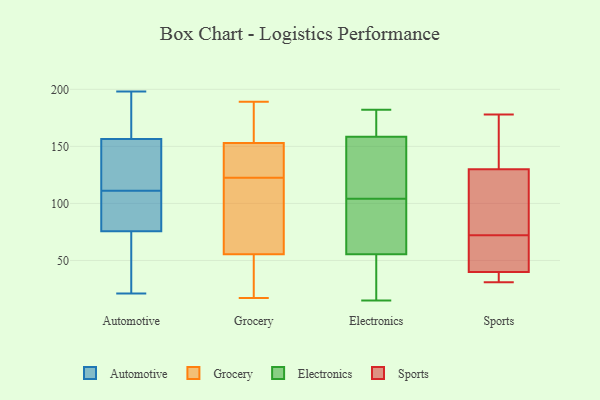
{"axis": {"x": "Satisfaction Score", "y": "Value"}, "legend": ["Automotive", "Electronics", "Grocery", "Sports"], "data": [{"x": "", "y": 158, "type": "Automotive"}, {"x": "", "y": 125, "type": "Automotive"}, {"x": "", "y": 38, "type": "Automotive"}, {"x": "", "y": 96, "type": "Automotive"}, {"x": "", "y": 92, "type": "Automotive"}, {"x": "", "y": 111, "type": "Automotive"}, {"x": "", "y": 184, "type": "Automotive"}, {"x": "", "y": 71, "type": "Automotive"}, {"x": "", "y": 77, "type": "Automotive"}, {"x": "", "y": 198, "type": "Automotive"}, {"x": "", "y": 21, "type": "Automotive"}, {"x": "", "y": 114, "type": "Automotive"}, {"x": "", "y": 156, "type": "Automotive"}, {"x": "", "y": 59, "type": "Grocery"}, {"x": "", "y": 146, "type": "Grocery"}, {"x": "", "y": 189, "type": "Grocery"}, {"x": "", "y": 160, "type": "Grocery"}, {"x": "", "y": 119, "type": "Grocery"}, {"x": "", "y": 131, "type": "Grocery"}, {"x": "", "y": 117, "type": "Grocery"}, {"x": "", "y": 24, "type": "Grocery"}, {"x": "", "y": 105, "type": "Grocery"}, {"x": "", "y": 171, "type": "Grocery"}, {"x": "", "y": 17, "type": "Grocery"}, {"x": "", "y": 141, "type": "Grocery"}, {"x": "", "y": 52, "type": "Grocery"}, {"x": "", "y": 26, "type": "Grocery"}, {"x": "", "y": 126, "type": "Grocery"}, {"x": "", "y": 166, "type": "Grocery"}, {"x": "", "y": 182, "type": "Electronics"}, {"x": "", "y": 104, "type": "Electronics"}, {"x": "", "y": 87, "type": "Electronics"}, {"x": "", "y": 34, "type": "Electronics"}, {"x": "", "y": 25, "type": "Electronics"}, {"x": "", "y": 32, "type": "Electronics"}, {"x": "", "y": 179, "type": "Electronics"}, {"x": "", "y": 131, "type": "Electronics"}, {"x": "", "y": 167, "type": "Electronics"}, {"x": "", "y": 78, "type": "Electronics"}, {"x": "", "y": 142, "type": "Electronics"}, {"x": "", "y": 179, "type": "Electronics"}, {"x": "", "y": 57, "type": "Electronics"}, {"x": "", "y": 159, "type": "Electronics"}, {"x": "", "y": 55, "type": "Electronics"}, {"x": "", "y": 64, "type": "Electronics"}, {"x": "", "y": 156, "type": "Electronics"}, {"x": "", "y": 157, "type": "Electronics"}, {"x": "", "y": 15, "type": "Electronics"}, {"x": "", "y": 57, "type": "Sports"}, {"x": "", "y": 139, "type": "Sports"}, {"x": "", "y": 35, "type": "Sports"}, {"x": "", "y": 178, "type": "Sports"}, {"x": "", "y": 57, "type": "Sports"}, {"x": "", "y": 130, "type": "Sports"}, {"x": "", "y": 87, "type": "Sports"}, {"x": "", "y": 57, "type": "Sports"}, {"x": "", "y": 173, "type": "Sports"}, {"x": "", "y": 34, "type": "Sports"}, {"x": "", "y": 129, "type": "Sports"}, {"x": "", "y": 109, "type": "Sports"}, {"x": "", "y": 40, "type": "Sports"}, {"x": "", "y": 31, "type": "Sports"}]}